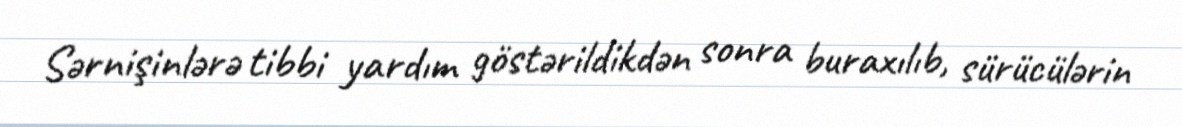
Sərnişinlərə tibbi yardım göstərildikdən sonra buraxılıb, sürücülərin